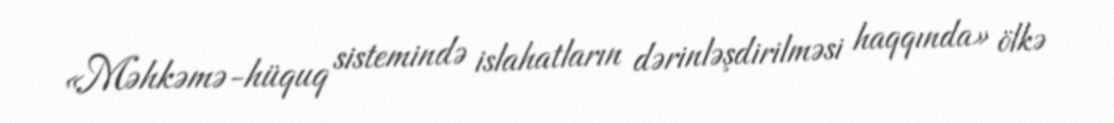
«Məhkəmə-hüquq sistemində islahatların dərinləşdirilməsi haqqında» ölkə